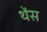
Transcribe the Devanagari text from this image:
थेंस